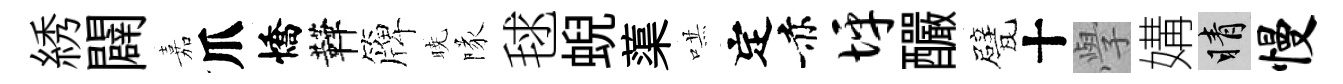
綉闢嘉爪憍鞾簰暁隊毬蜺蕖哄定赤坪釅甓十𭓕媾睛慢